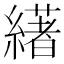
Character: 𦅷